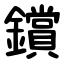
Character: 鑜